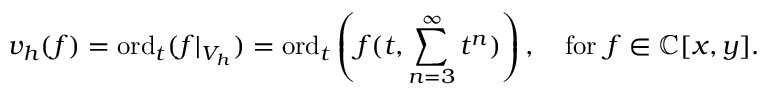
v _ { h } ( f ) = \mathrm { o r d } _ { t } ( f | _ { V _ { h } } ) = \mathrm { o r d } _ { t } \left( f ( t , \sum _ { n = 3 } ^ { \infty } t ^ { n } ) \right) , \quad { \mathrm { f o r ~ } } f \in \mathbb { C } [ x , y ] .